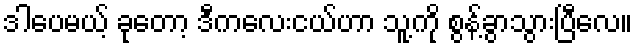
ဒါပေမယ့် ခုတော့ ဒီကလေးငယ်ဟာ သူ့ကို စွန့်ခွာသွားပြီလေ။